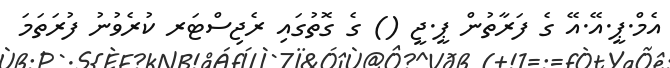
އެމް.ޕީ.އޭ.އޭ ގެ ފަރާތުން ޕީ.ޖީ () ގެ ގޮތުގައި ރެޖިސްޓަރ ކުރެވުނު ފުރަތަމަ